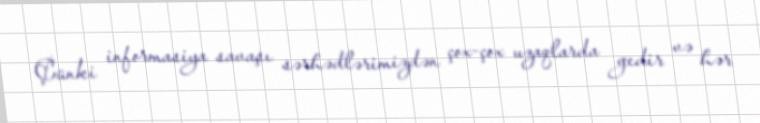
Çünki informasiya savaşı sərhədlərimizdən çox-çox uzaqlarda gedir və hər